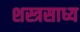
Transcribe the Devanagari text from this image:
शस्त्रसाध्य